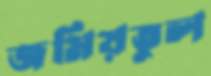
জমিয়তুল